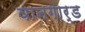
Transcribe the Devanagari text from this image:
वानगार्ड